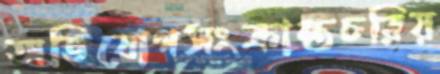
অভিযোগসংক্রান্তচরিয়